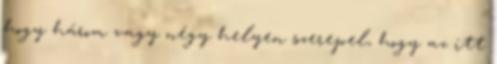
hogy három vagy négy helyen szerepel, hogy az itt